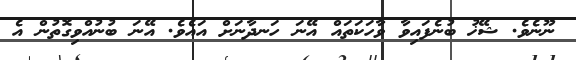
ނޫނެވެ. ޝޭޚު ބުނެފައިވާ ވާހަކަތައް އޭނަ ހަނދާނަށް އައެވެ. އޭނަ ބުނުއްވިގޮތުން އެ